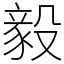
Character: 毅